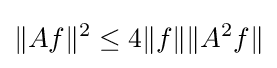
\|Af\|^{2}\leq 4\|f\|\|A^{2}f\|